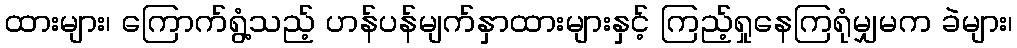
ထားများ၊ ကြောက်ရွံ့သည့် ဟန်ပန်မျက်နှာထားများနှင့် ကြည့်ရှုနေကြရုံမျှမက ခဲများ၊